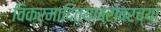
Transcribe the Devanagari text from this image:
विक्रमादित्याबरोबरच्या